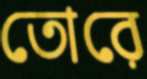
তোরে